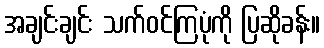
အချင်းချင်း သက်ဝင်ကြပုံကို ပြဆိုခန်း။